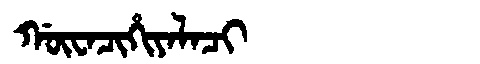
Manchu: ᡤᡡᠸᠠᠴᡳᡥᡳᠶᠠᠯᠠᠴᡳ
Romanization: GŪWACIHIYALACI